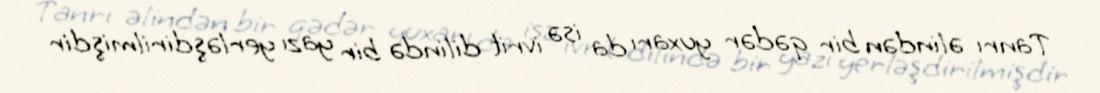
Tanrı əlindən bir qədər yuxarı da isə ivrit dilində bir yazı yerləşdirilmişdir